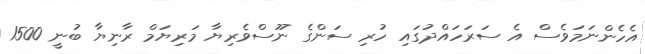
އެހެންނަމަވެސް އެ ސަރަހައްދުގައި ހުރި ސަންގެ ނޫސްވެރިޔާ މަރިޔަމް ރާނިޔާ ބުނީ 1500